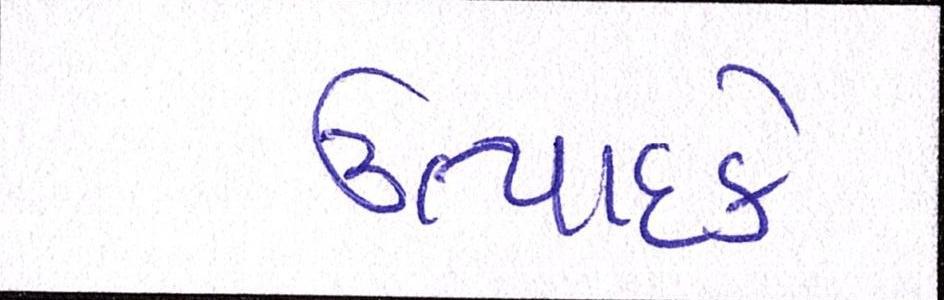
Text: ઉત્પાદકે